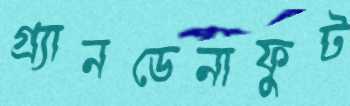
গ্র্যানডেনাফুট